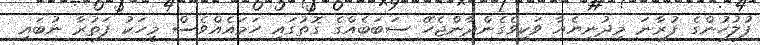
ފުލުހުންގެ ފުރާނަ މިދުނިޔެއާ ވަކިވެގެންދާންޖެހޭ ސަބަބެއްގެ ގޮތުގައި ހަމައެއްވެސް މީހަކު ފަތުރާ ނުބައި